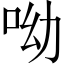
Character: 呦